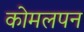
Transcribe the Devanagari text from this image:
कोमलपन